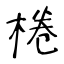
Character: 棬